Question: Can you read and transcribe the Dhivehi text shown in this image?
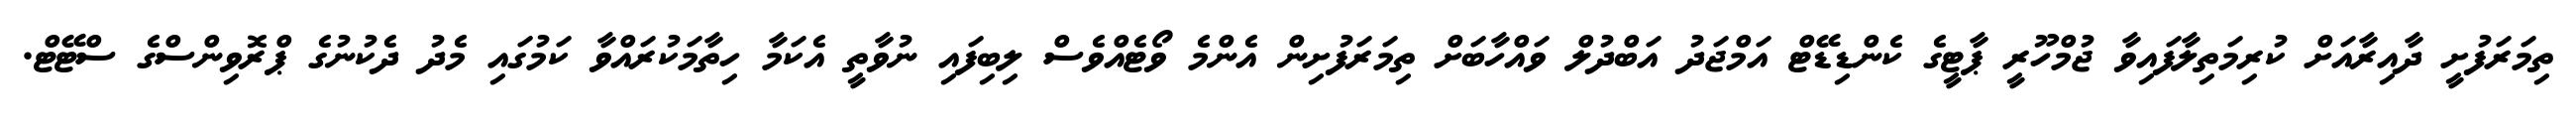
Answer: ތިމަރަފުށީ ދާއިރާއަށް ކުރިމަތިލާފައިވާ ޖުމްހޫރީ ޕާޓީގެ ކެންޑިޑޭޓް އަމްޖަދު އަބްދުލް ވައްހާބަށް ތިމަރަފުށިން އެންމެ ވޯޓެއްވެސް ލިބިފައި ނުވާތީ އެކަމާ ހިތާމަކުރައްވާ ކަމުގައި މެދު ދެކުނުގެ ޕްރޮވިންސްގެ ސްޓޭޓް.